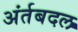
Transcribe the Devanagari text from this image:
अंर्तबदल